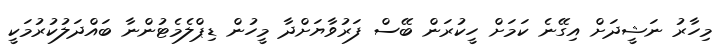
މިހާރު ނަޝީދަށް އިގޭނެ ކަމަށް ހީކުރަން ބޭސް ފަރުވާޔަށްދާ މީހުން ޑިޕްލެމެޓުންނާ ބަައްދަލުކުރުމަކީ